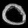
Digit: ၀